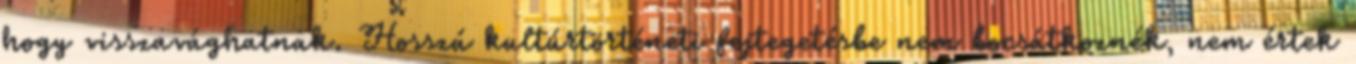
hogy visszavághatnak. Hosszú kultúrtörténeti fejtegetésbe nem bocsátkoznék, nem értek